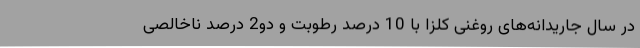
در سال جاریدانه‌های روغنی کلزا با 10 درصد رطوبت و دو2 درصد ناخالصی